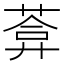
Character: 葊